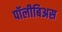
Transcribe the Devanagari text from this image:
पॉलीबिअस